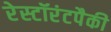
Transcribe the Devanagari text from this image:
रेस्टॉरंटपैकी